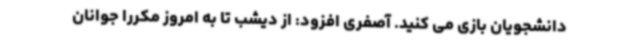
دانشجویان بازی می کنید. آصفری افزود: از دیشب تا به امروز مکررا جوانان